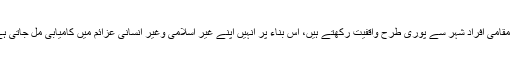
یہ مقامی افراد شہر سے پوری طرح واقفیت رکھتے ہیں، اس بناء پر انہیں اپنے غیر اسلامی وغیر انسانی عزائم میں کامیابی مل جاتی ہے۔